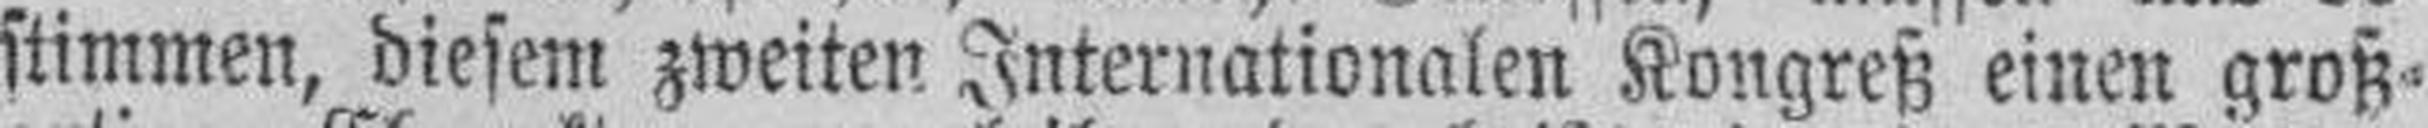
stimmen, diesem zweiten Internationalen Kongreß einen groß¬